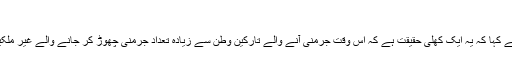
‘
باقر البوگا نے کہا کہ یہ ایک کھلی حقیقت ہے کہ اس وقت جرمنی آنے والے تارکین وطن سے زیادہ تعداد جرمنی چھوڑ کر جانے والے غیر ملکیوں کی ہے۔